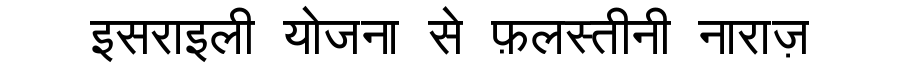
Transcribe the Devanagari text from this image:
इसराइली योजना से फ़लस्तीनी नाराज़